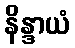
နိန္ဒာယံ